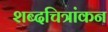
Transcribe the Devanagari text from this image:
शब्दचित्रांकन